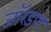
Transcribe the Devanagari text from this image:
जॉरडण